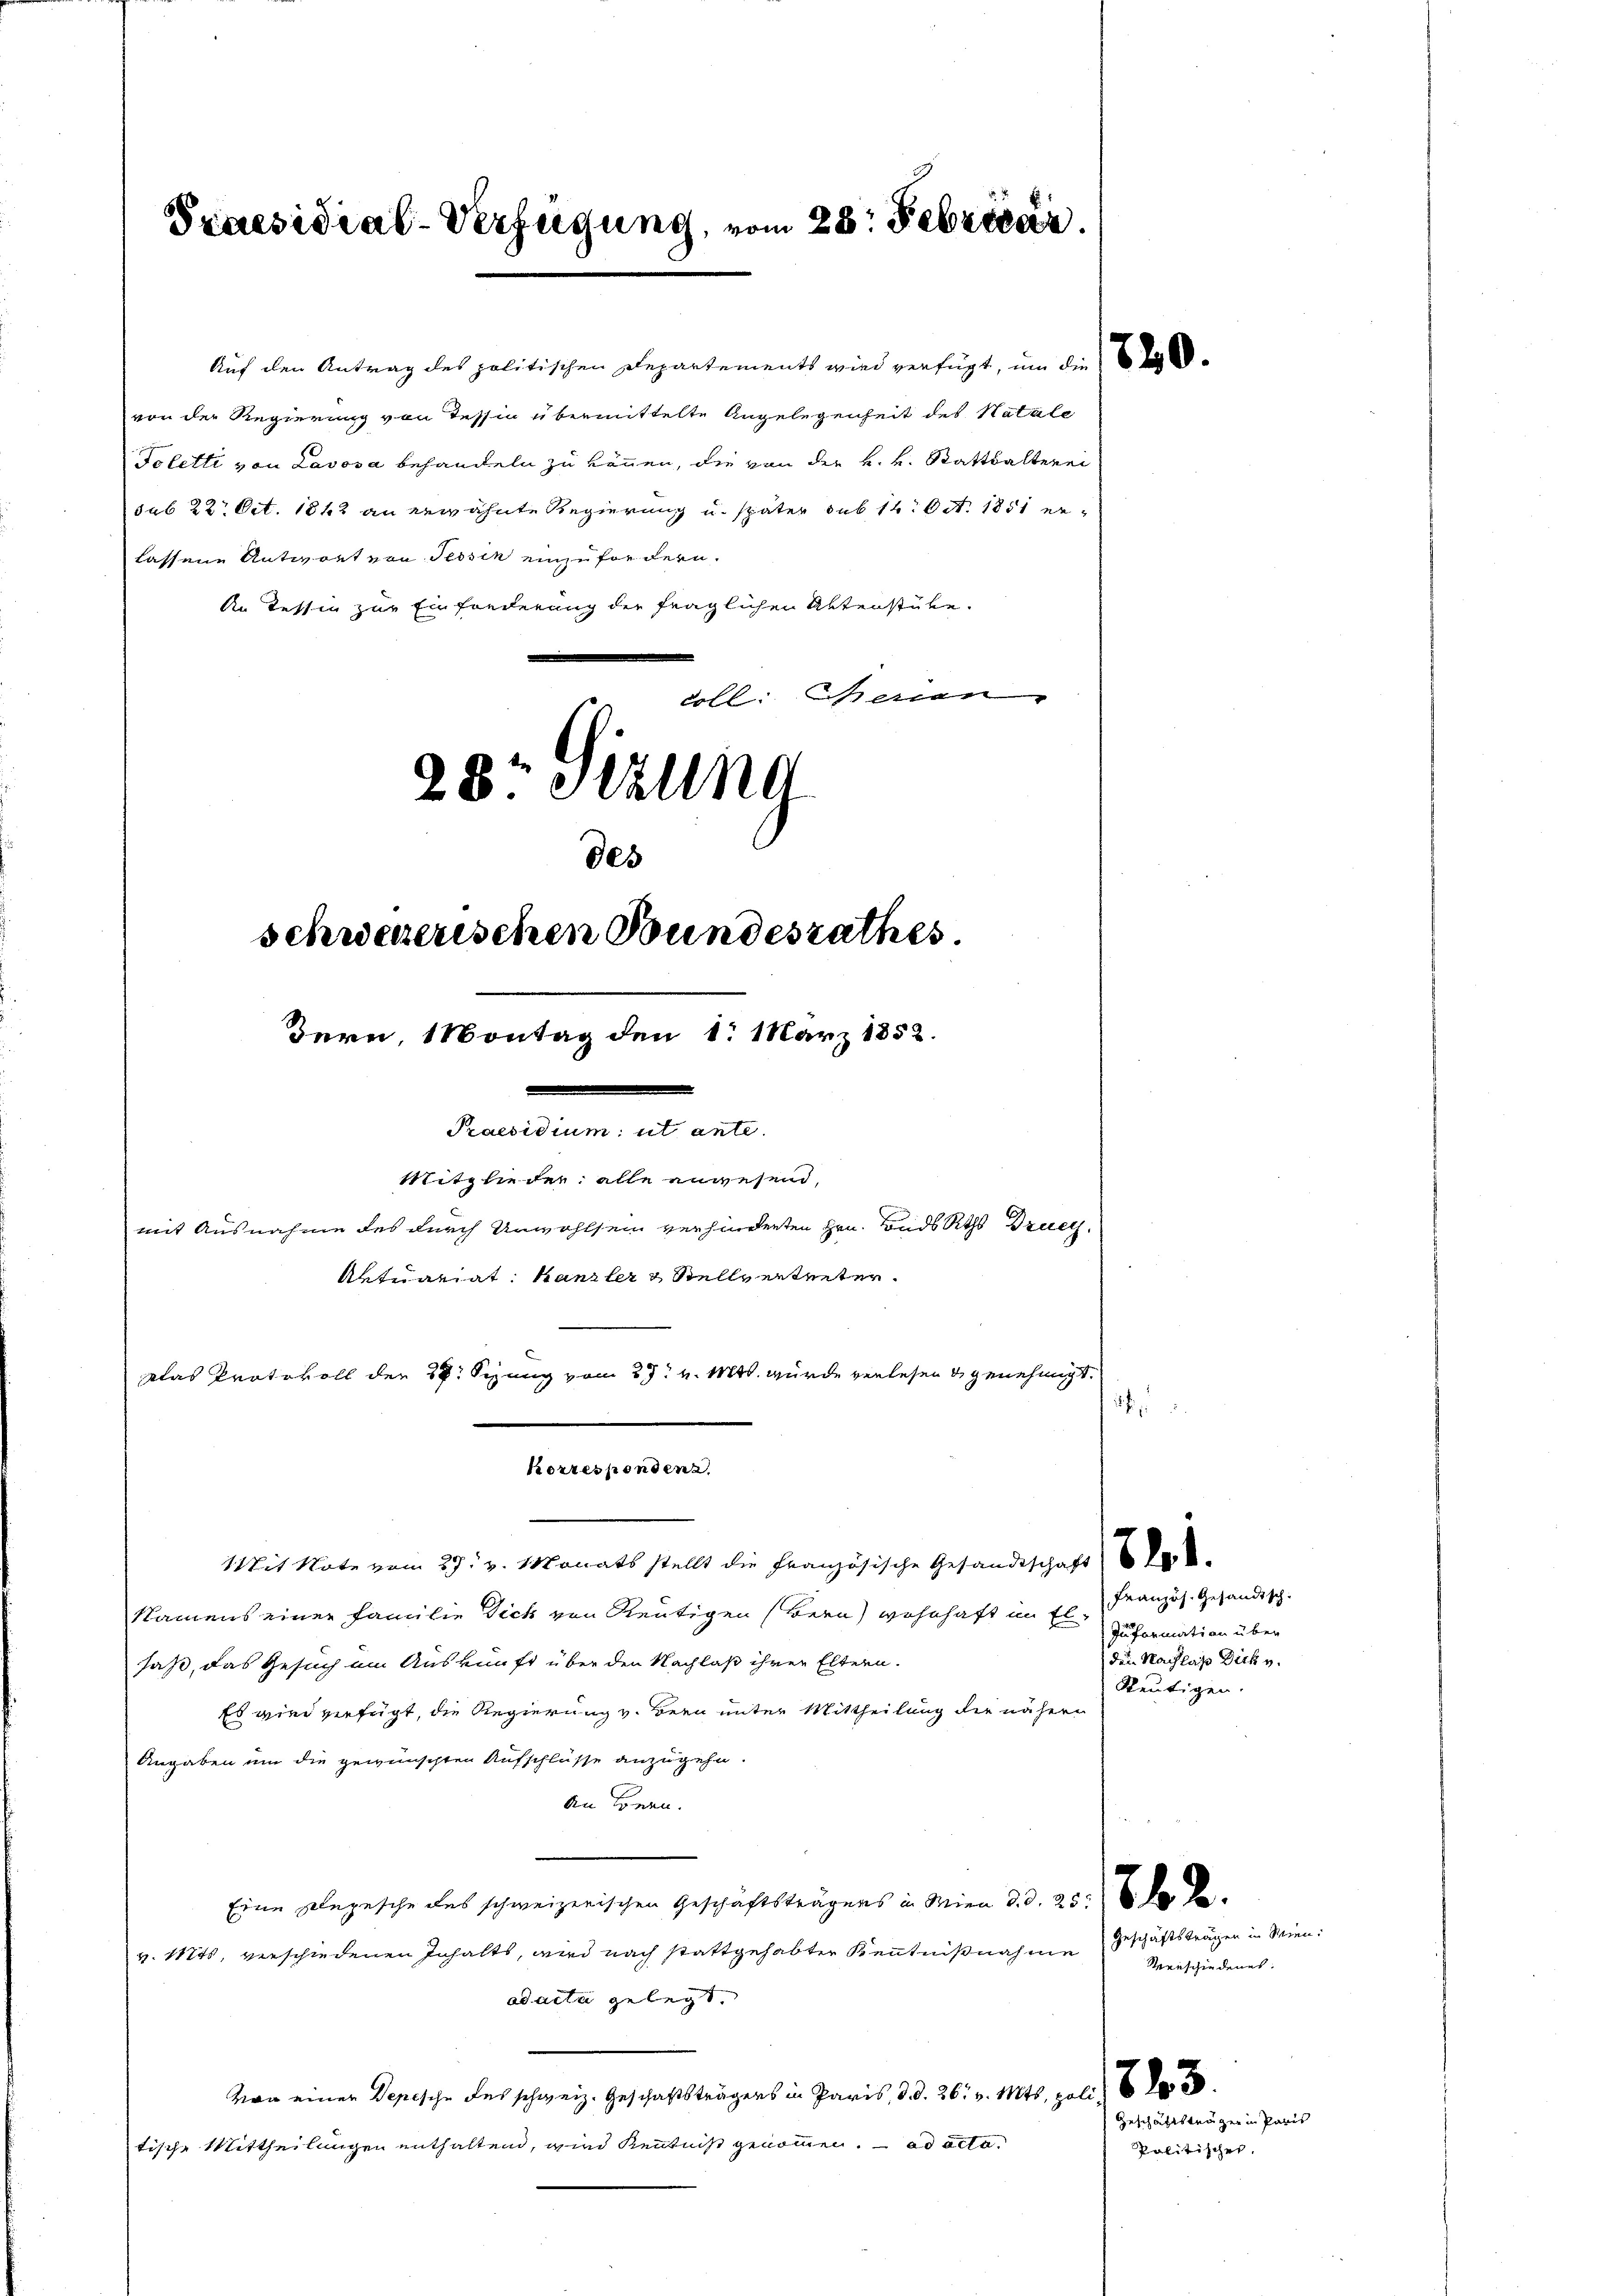
Auf den Antrag des politischen Departements wird verfügt, um die
von der Regierung von Tessin übermittelte Angelegenheit des Natale
Toletti von Lavosa behandeln zu können, die von der H. v. Statthalterei
lassene Antwort von Tessin einzufordern.
coll. Schenen
28 Stzung
des
schwererischen Bundesrathes

Praesidial-Verfügung, vom 28. Febrécar.

sub 22. Oct. 1862 an erwähnte Regierung u. später sub 14. Oct. 1851 er-
An Tessin zur Einfonderung der fraglichen Aktenstüke.

Namens einer Familie Dich von Reutigen (Bern) wohnhaft im E
saß, das Gesuch ein Auskunft über den Nachlaß ihrer Eltern.
Es wird verfügt, die Regierung v. Bern unter Mittheilung die nähern
Angaben um die gewünschten Aufschlüsse anzugehen.
an könen.
Eine Depesche des schweizerischen Geschäftsträgers in Wien d. d. 25. 6. ds Sav. Mts, verschiedenen Inhalts, wird nach stattgehabter Kenntnißnahme Geschäftsträgen in Wien.
ad acta gelegt.
Von einer Depesche des schweiz. Geschaftsträgers in Paris, d. d. 26. v. Mts. poli
tische Mittheilungen enthaltend, wird Kenntniß genommen. ad acta

Bern, Montag den 1. März 1852.
dammenen an ein
Mitglieder alle anwesend,
mit Ausnahme des durch Unwohlsein verhinderten Hrn. Bads Rths Druc
Antuariat Kanzler Stellverteiter.
las Protokoll der 38. Sizung vom 27t v. Mts. wurde verlesen u genehmigt.

korrespondenz.
Mit Note vom 29. v. Monats stellt die Französische Gesandtschaft de

2

Französ. Gesandisch
Information über
den Nachlaß Dich v.
Seutigen.

Menschiedenes.
Geschäftsträger in Paris
Politisches.